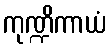
ကုဏ္ဍိကာယံ